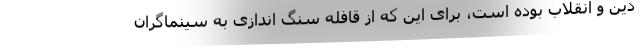
دین و انقلاب بوده است، برای این که از قافله سنگ اندازی به سینماگران